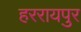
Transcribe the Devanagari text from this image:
हररायपुर